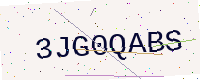
Text: 3JG0QABS